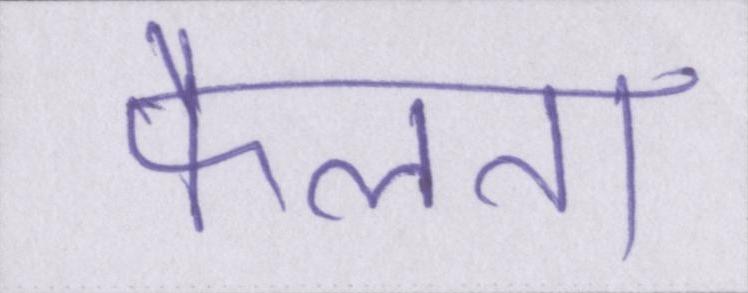
फैलता